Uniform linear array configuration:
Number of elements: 12
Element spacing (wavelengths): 0.5
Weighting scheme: hamming
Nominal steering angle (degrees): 0
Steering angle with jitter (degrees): -0.2404
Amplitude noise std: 0.05
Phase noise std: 0.05

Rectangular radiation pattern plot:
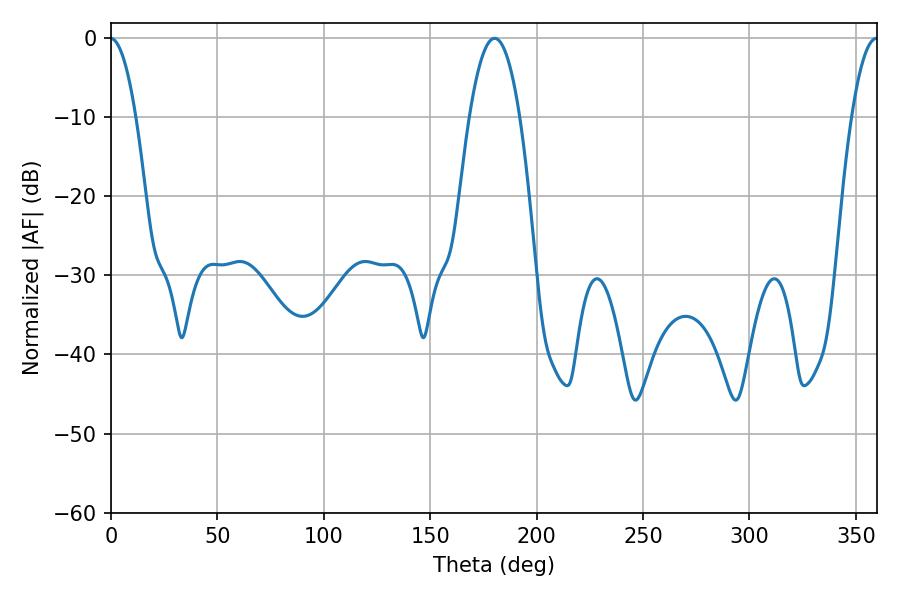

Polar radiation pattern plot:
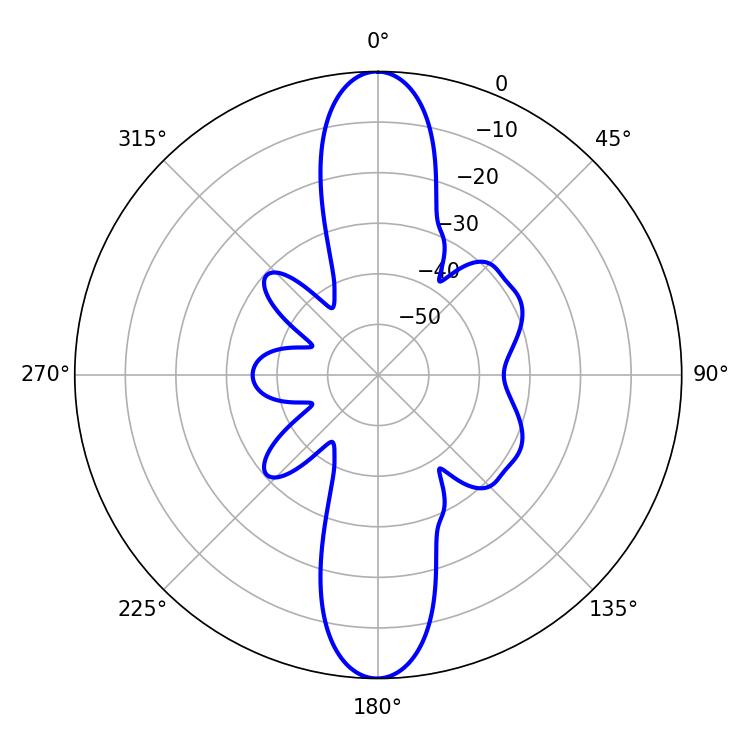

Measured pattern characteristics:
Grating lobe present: FALSE
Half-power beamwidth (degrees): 13.14
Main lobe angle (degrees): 180.18